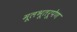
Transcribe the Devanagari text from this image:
मूलभूतरूपेण